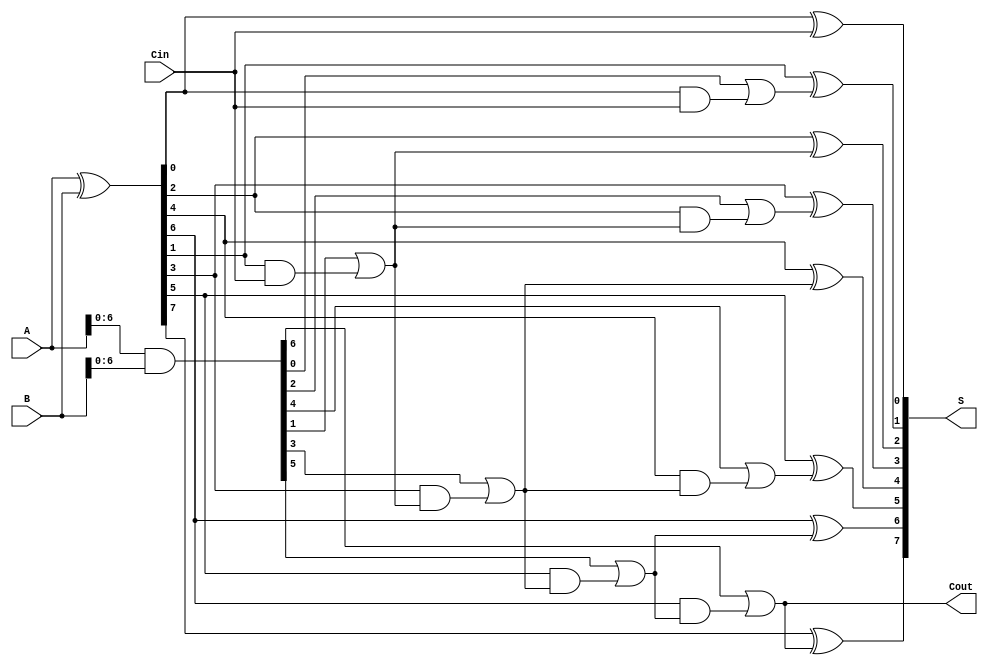
module brent_kung_adder #(parameter n = 8) (
    input  wire [n-1:0] A,      // First input
    input  wire [n-1:0] B,      // Second input
    input  wire Cin,             // Carry in
    output wire [n-1:0] S,      // Sum output
    output wire Cout             // Carry out
);

    // Generate and propagate signals
    wire [n-1:0] G;  // Generate
    wire [n-1:0] P;  // Propagate
    wire [n:0] C;    // Carry (C[n] is the carry out)

    assign G = A & B;           // Generate
    assign P = A ^ B;           // Propagate
    assign C[0] = Cin;          // Initialize carry in

    // Generate carry logic
    genvar i, j;
    generate
        // Stage 1: Pair-wise generation of carries
        for (i = 0; i < n; i = i + 1) begin : stage1
            if (i % 2 == 1) begin
                assign C[i] = G[i-1] | (P[i-1] & C[i-1]);
            end
        end
        
        // Stage 2: Combine results in groups of 4
        for (i = 0; i < n; i = i + 2) begin : stage2
            if (i + 2 < n) begin
                assign C[i+2] = G[i+1] | (P[i+1] & C[i]);
            end
        end

        // Stage 3: Combine results in groups of 8
        for (i = 0; i < n; i = i + 4) begin : stage3
            if (i + 4 < n) begin
                assign C[i+4] = G[i+3] | (P[i+3] & C[i+2]);
            end
        end
        
        // Final carry-out for Cout
        assign Cout = C[n-1];
    endgenerate

    // Calculate sum output
    generate
        for (j = 0; j < n; j = j + 1) begin : sum_logic
            assign S[j] = P[j] ^ C[j];   // Sum calculation
        end
    endgenerate

endmodule